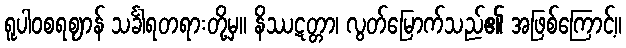
ရူပါဝစရဈာန် သင်္ခါရတရားတို့မှ။ နိဿဋတ္တာ၊ လွတ်မြောက်သည်၏ အဖြစ်ကြောင့်။